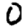
Digit: 0